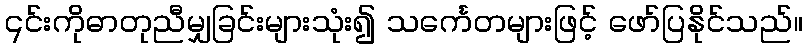
၎င်းကိုဓာတုညီမျှခြင်းများသုံး၍ သင်္ကေတများဖြင့် ဖော်ပြနိုင်သည်။